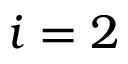
i = 2